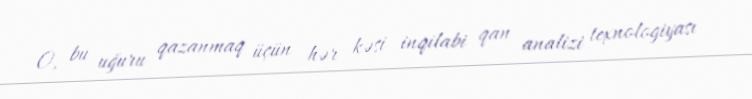
O, bu uğuru qazanmaq üçün hər kəsi inqilabi qan analizi texnologiyası